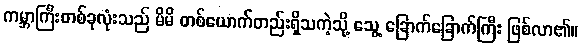
ကမ္ဘာကြီးတစ်ခုလုံးသည် မိမိ တစ်ယောက်တည်းရှိသကဲ့သို့ သွေ့ ခြောက်ခြောက်ကြီး ဖြစ်လာ၏။